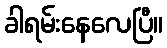
ခါရမ်းနေလေပြီ။